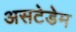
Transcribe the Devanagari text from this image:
असटेडेम